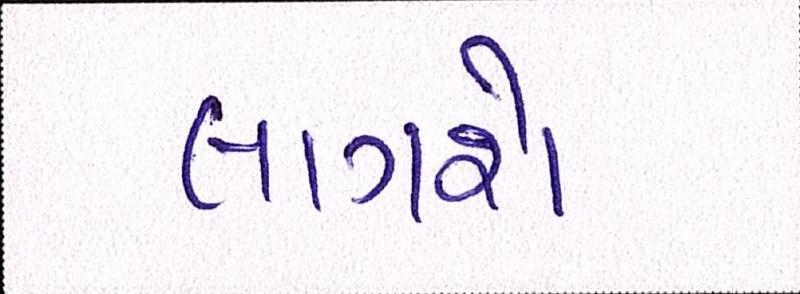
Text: લાગશે